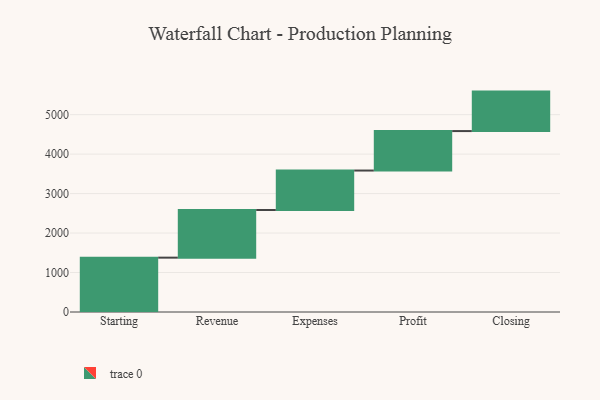
{"axis": {"x": "Step", "y": "Value"}, "legend": [""], "data": [{"x": "Starting", "y": 1377.0, "type": ""}, {"x": "Revenue", "y": 1207.0, "type": ""}, {"x": "Expenses", "y": 1000, "type": ""}, {"x": "Profit", "y": 1000, "type": ""}, {"x": "Closing", "y": 1000, "type": ""}]}